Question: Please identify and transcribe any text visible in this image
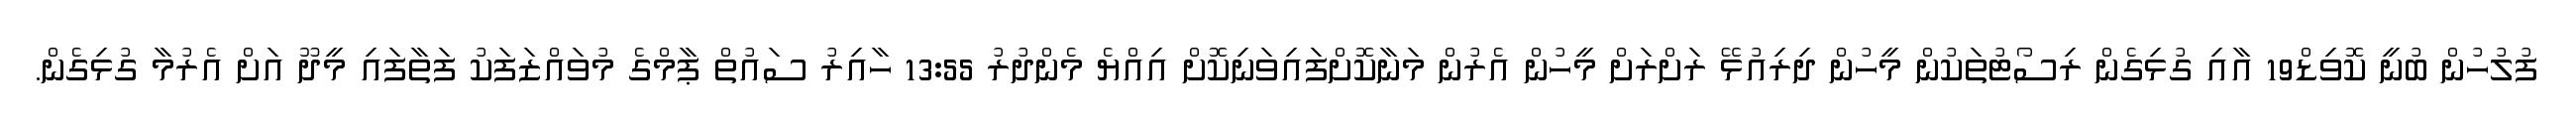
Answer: ފުލުހުން ބުނީ ކޮވިޑް19 އާއި ގުޅިގެން ރިސޯޓުތަކުން މީހުން ދިރިއުޅޭ ރަށްރަށް މީހުން އެރުން މަނާކޮށްފައިވަނިކޮށް އިއްޔެ މެންދުރު 13:55 ހާއިރު ސައުތް ޕާމްގެ މުވައްޒަފަކު ފަތާފައި މީދޫ އަށް އެރުމާ ގުޅިގެން.